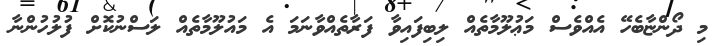
މި ދޯންޏާބެހޭ އެއްވެސް މަޢުލޫމާތެއް ލިބިފައިވާ ފަރާތެއްވާނަމަ އެ މައުލޫމާތެއް ލަސްނުކޮށް ފުލުހުންނާ